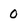
Character: 0